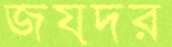
জয়দর